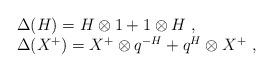
LaTeX: \begin{align*}\begin{array}{rcl}& &\Delta(H)=H\otimes 1+1\otimes H~,\\& &\Delta(X^+)=X^+\otimes q^{-H}+q^{H}\otimes X^+~,\end{array}\end{align*}